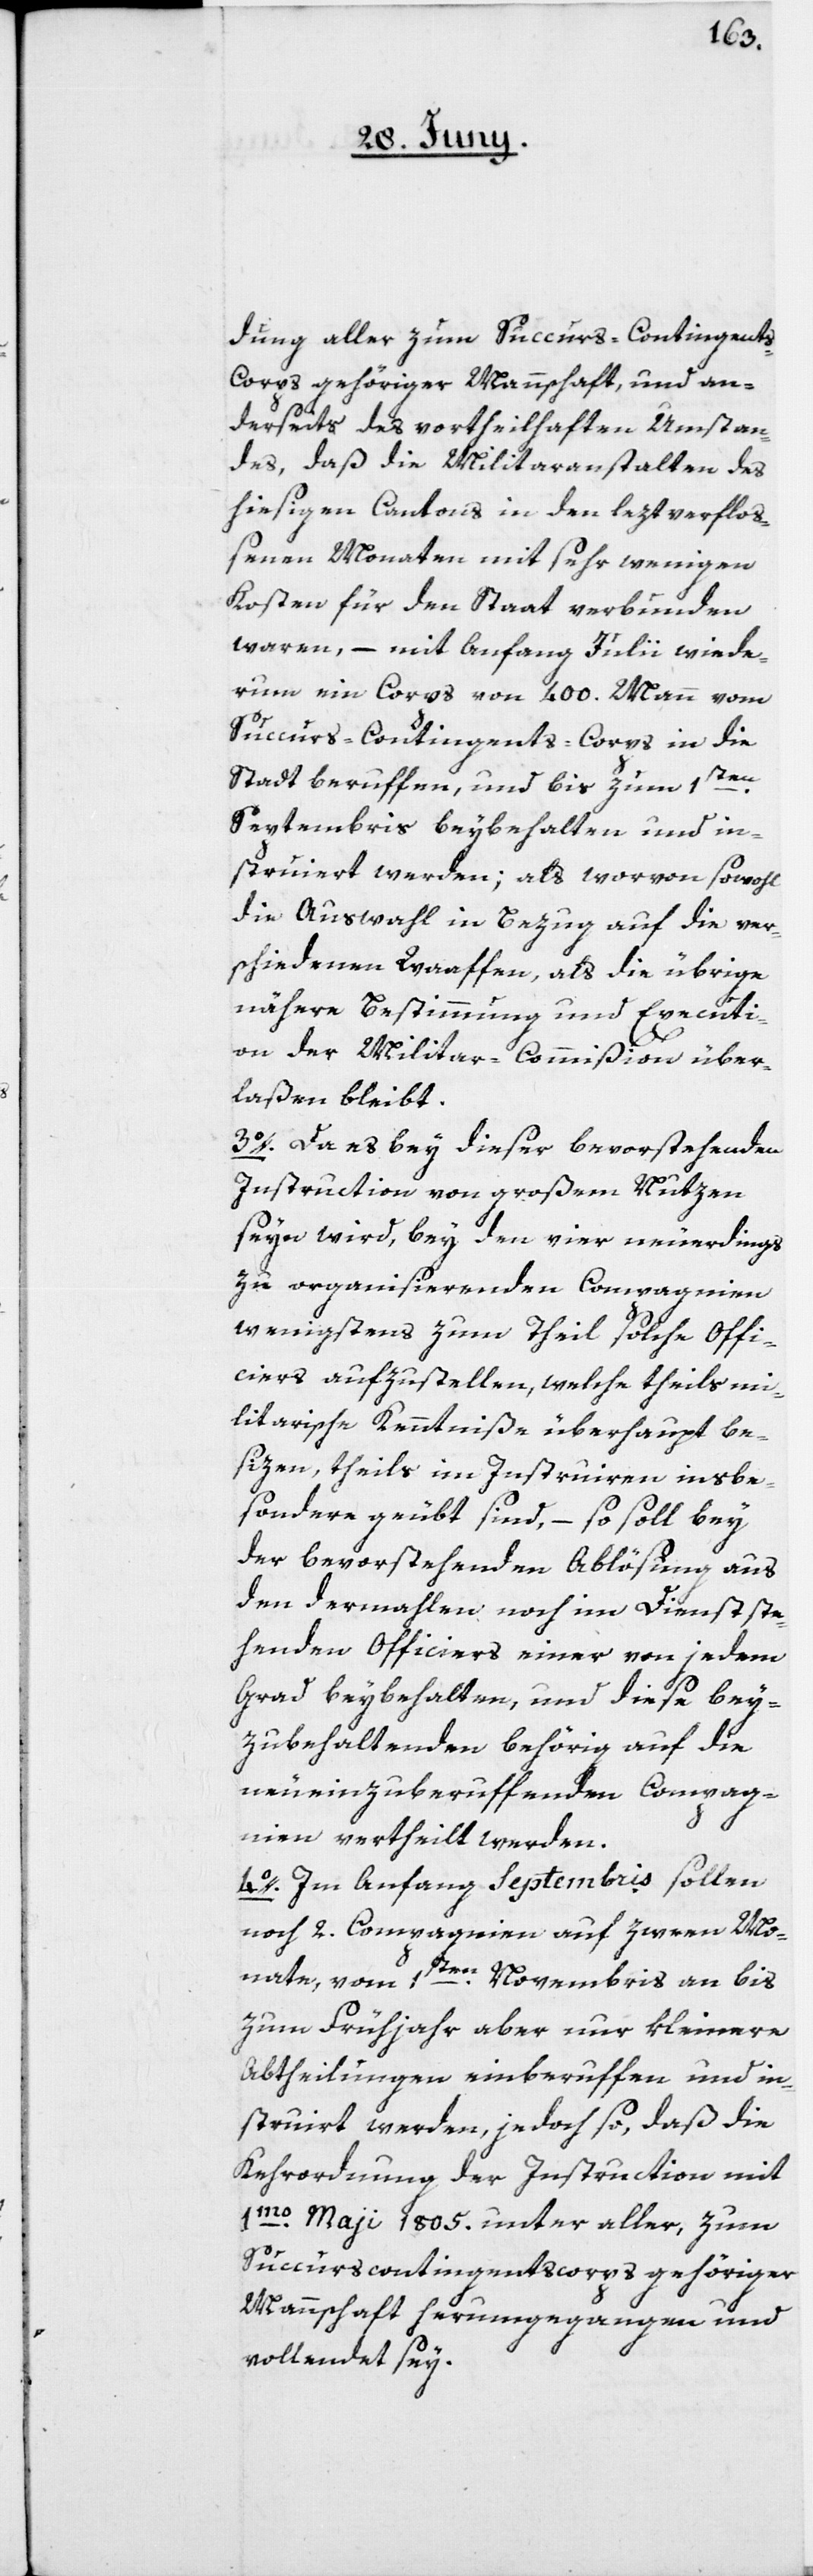
dung aller zum Succurs-Contingent¬
s-Corps gehöriger Mannschaft, und an¬
derseits des vortheilhaften Umstan¬
des, daß die Militaranstalten des
hiesigen Cantons in den leztverfloß¬
enen Monaten mit sehr wenigen
Kosten für den Staat verbunden
waren, – mit Anfang Julii wiede¬
rum ein Corps von 400. Mann vom
Succurs-Contingents-Corps in die
Stadt beruffen, und bis zum 1sten
Septembris beybehalten und in¬
struiert werden; als worvon sowohl
die Auswahl in Bezug auf die ver¬
schiedenen Waaffen, als die übrige
nähere Bestimmung und Executi¬
on der Militar-Commißion über¬
laßen bleibt.
3o. Da es bey dieser bevorstehenden
Instruction von großem Nutzen
seyn wird, bey den vier neuerdings
zu organisierenden Compagnien
wenigstens zum Theil solche Offi¬
ciers aufzustellen, welche theils mi¬
litarische Kenntniße überhaupt be¬
sizen, theils im Instruiren insbe¬
sondere geübt sind, – so soll bey
der bevorstehenden Ablösung aus
den dermahlen noch im Dienst ste¬
henden Officiers einer von jedem
Grad beybehalten, und diese bey¬
zubehaltenden behörig auf die
neu einzuberuffenden Compag¬
nien vertheilt werden.
4o. Im Anfang Septembris sollen
noch 2. Compagnien auf zween Mo¬
nate, vom 1sten Novembris an bis
zum Frühjahr aber nur kleinere
Abtheilungen einberuffen und in¬
struirt werden, jedoch so, daß die
Kehrordnung der Instruction mit
1mo May 1805. unter aller, zum
Succurscontingentscorps gehöriger
Mannschaft herumgegangen und
vollendet sey.